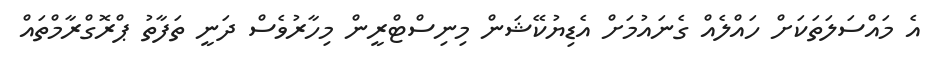
އެ މައްސަލަތަކަށް ހައްލެއް ގެނައުމަށް އެޑިޔުކޭޝަން މިނިސްޓްރީން މިހާރުވެސް ދަނީ ތަފާތު ޕްރޮގްރާމްތައް